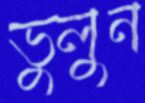
ভুলুন